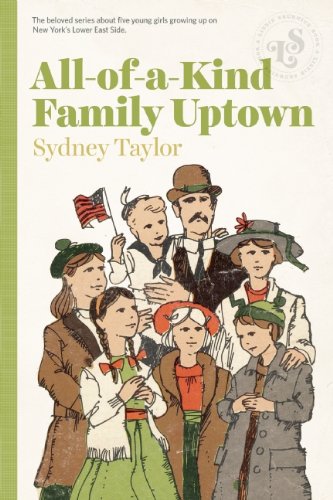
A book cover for All-Of-A-Kind Family Uptown; Sydney Taylor; Children's Books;